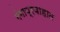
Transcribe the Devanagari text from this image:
गंगाप्रवाहात